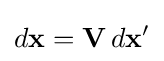
d\mathbf {x} =\mathbf {V} \,d\mathbf {x} '